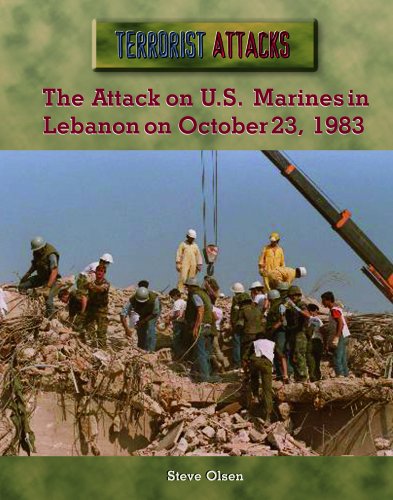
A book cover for The Attack on U.s. Marines in Lebanon on October 23, 1983 (Terrorist Attacks); Steven P. Olson; History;